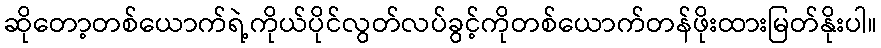
ဆိုတော့တစ်ယောက်ရဲ့ကိုယ်ပိုင်လွတ်လပ်ခွင့်ကိုတစ်ယောက်တန်ဖိုးထားမြတ်နိုးပါ။